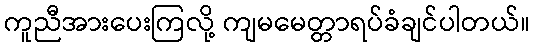
ကူညီအားပေးကြလို့ ကျမမေတ္တာရပ်ခံချင်ပါတယ်။